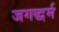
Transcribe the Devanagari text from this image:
जगद्धर्म